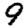
Digit: 9